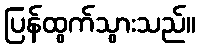
ပြန်ထွက်သွားသည်။